Lunatic asylums Burma 1907-21 - 1907-1921
Year: 1907
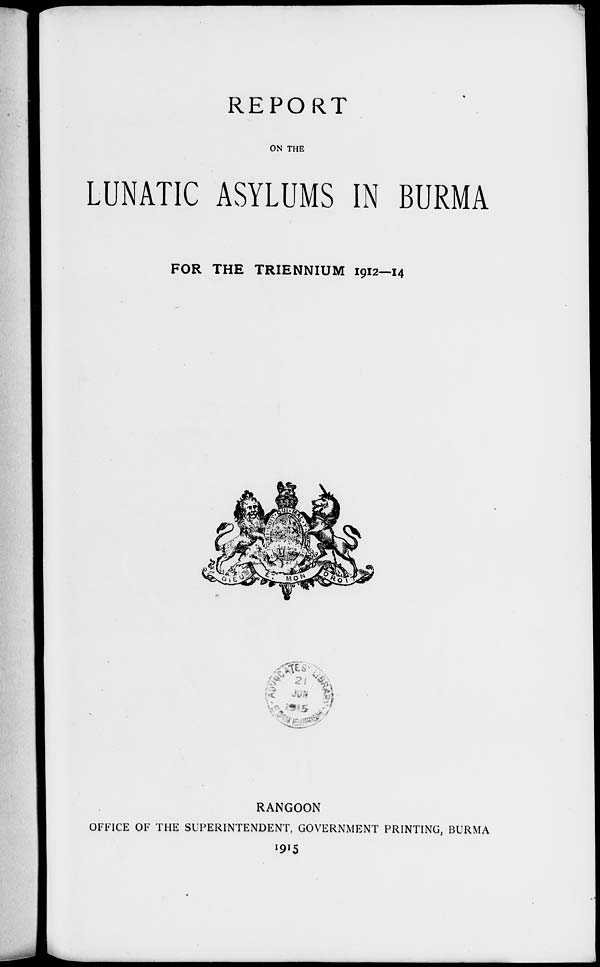
REPORT
ON THE
LUNATIC ASYLUMS IN BURMA
FOR THE TRIENNIUM 1912—14
RANGOON
OFFICE OF THE SUPERINTENDENT, GOVERNMENT PRINTING, BURMA
1915